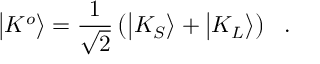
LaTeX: \big | K ^ { o } \big > = { \frac { 1 } { \sqrt { 2 } } } \left( \big | K _ { S } \big > + \big | K _ { L } \big > \right) ~ ~ .